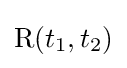
\mathrm {R} (t_{1},t_{2})